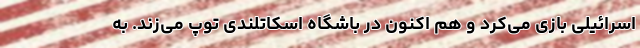
اسرائیلی بازی می‌کرد و هم اکنون در باشگاه اسکاتلندی توپ می‌زند. به